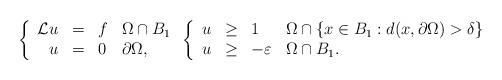
LaTeX: \begin{align*}\left\{\begin{array}{rcll}\mathcal{L}u & = & f & \Omega \cap B_1\\u & = & 0 & \partial\Omega,\end{array}\right.\left\{\begin{array}{rcll}u & \geq & 1 & \Omega \cap \{x \in B_1 : d(x, \partial\Omega) > \delta\}\\u & \geq & -\varepsilon & \Omega \cap B_1.\end{array}\right.\end{align*}